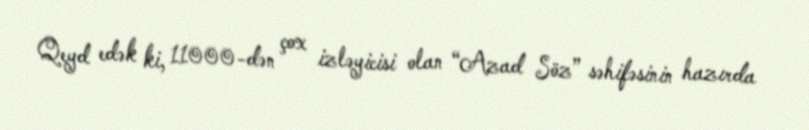
Qeyd edək ki, 11000-dən çox izləyicisi olan “Azad Söz” səhifəsinin hazırda